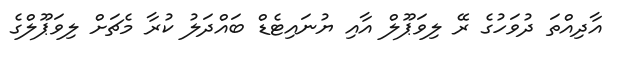
އާދިއްތަ ދުވަހުގެ ރޭ ލިވަޕޫލް އާއި ޔުނައިޓެޑް ބައްދަލު ކުރާ މެޗަށް ލިވަޕޫލްގެ